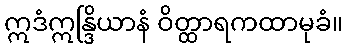
ဣဒံဣန္ဒြိယာနံ ဝိတ္ထာရကထာမုခံ။